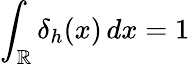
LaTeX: \int_{\mathbb{R}}\delta_{h}(x)\, dx=1